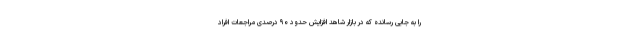
را به جایی رسانده که در بازار شاهد افزایش حدود ۹۰ درصدی مراجعات افراد